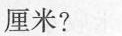
厘米?